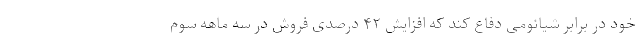
خود در برابر شیائومی دفاع کند که افزایش ۴۲ درصدی فروش در سه ماهه سوم